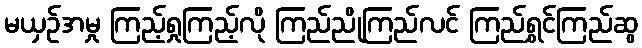
မယှဉ်အမှု ကြည့်ရှုကြည့်လို ကြည်ညိုကြည်လင် ကြည်ရွှင်ကြည်ဆွ